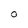
Character: 0